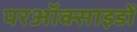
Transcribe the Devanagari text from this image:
परऑक्साइडों